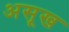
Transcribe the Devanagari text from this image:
असूख